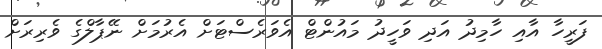
ފަރީހާ އާއި ހާމިދު އަދި ވަހީދު މައުންޓް އެވަރެސްޓަށް އެރުމަށް ނޭޕާލްގެ ވެރިރަށް